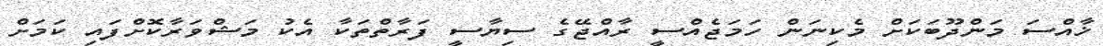
ޚާއްސަ މަންދޫބަކަށް މެކިނަން ހަމަޖެއްސީ ރާއްޖޭގެ ސިޔާސީ ފަރާތްތަކާ އެކު މަޝްވަރާކޮށްފައި ކަމަށް